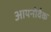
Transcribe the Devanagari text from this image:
आयनोवैक